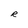
Character: R